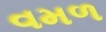
વમળ